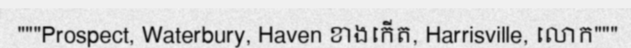
"""Prospect, Waterbury, Haven ខាងកើត, Harrisville, លោក"""